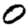
Digit: 0